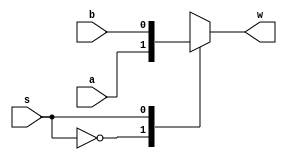
module mux_2x1(a,b,s,w);
input a,b,s;
output w;
wire a,b,s;
reg w;
always @*
begin
	case({s})
		1'b0: w=a;
		1'b1: w=b;
		default: w=0;
	endcase
end
endmodule